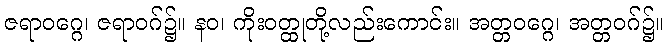
ဇရာဝဂ္ဂေ၊ ဇရာဝဂ်၌။ နဝ၊ ကိုးဝတ္ထုတို့လည်းကောင်း။ အတ္တဝဂ္ဂေ၊ အတ္တဝဂ်၌။